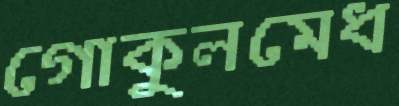
গোকুলমেধ